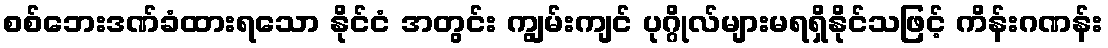
စစ်ဘေးဒဏ်ခံထားရသော နိုင်ငံ အတွင်း ကျွမ်းကျင် ပုဂ္ဂိုလ်များမရရှိနိုင်သဖြင့် ကိန်းဂဏန်း